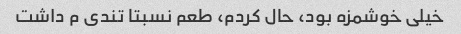
خیلی خوشمزه بود، حال کردم، طعم نسبتا تندی م داشت